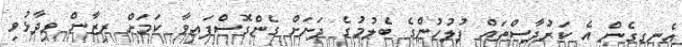
އެނގިގެން އެ ކަރުދާސްތައް ފުލުހުންގެ ބެލުމުގެ ދަށަށް ގެންގޮސްފައިވާ ކަމަށް ރިޒާން ވިދާޅުވި